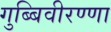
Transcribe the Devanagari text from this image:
गुब्बिवीरण्णा